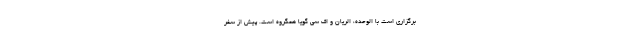
برگزاری است با الوحده، الریان و اف سی گویا همگروه است. پیش از سفر